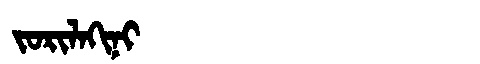
Manchu: ᠵᠣᡵᡳᠯᠠᡴᡳᠨᡳ
Romanization: JORILAKINI